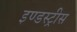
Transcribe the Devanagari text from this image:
इण्डस्ट्रीस